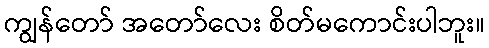
ကျွန်တော် အတော်လေး စိတ်မကောင်းပါဘူး။